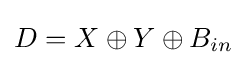
D=X\oplus Y\oplus B_{in}